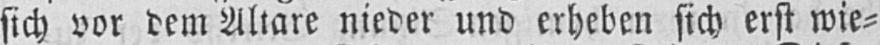
sich vor dem Altare nieder und erheben sich erst wie⸗